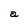
Character: a